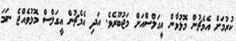
ކުރުމަށް އެމެޗުން މޮޅުވާން އީގަލްސްއަށް މަޖުބޫރެވެ. އަދި އެމެޗުން އީގަލްސް މޮޅުވެއްޖެ ނަމަ